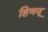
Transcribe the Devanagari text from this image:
हिणवू